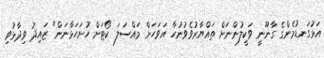
އަޅުގަނޑުމެންގެ ގާނޫނީ ވަކީލުންނަށް ތައްޔާރުވެވުނުހާ އަވަހަށް މައްސަލަ ކޯޓަށް ހުށަހަޅާނަން" ޒައިދު ވިދާޅުވި